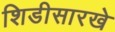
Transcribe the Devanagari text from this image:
शिडीसारखे